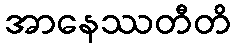
အာနေဿတီတိ